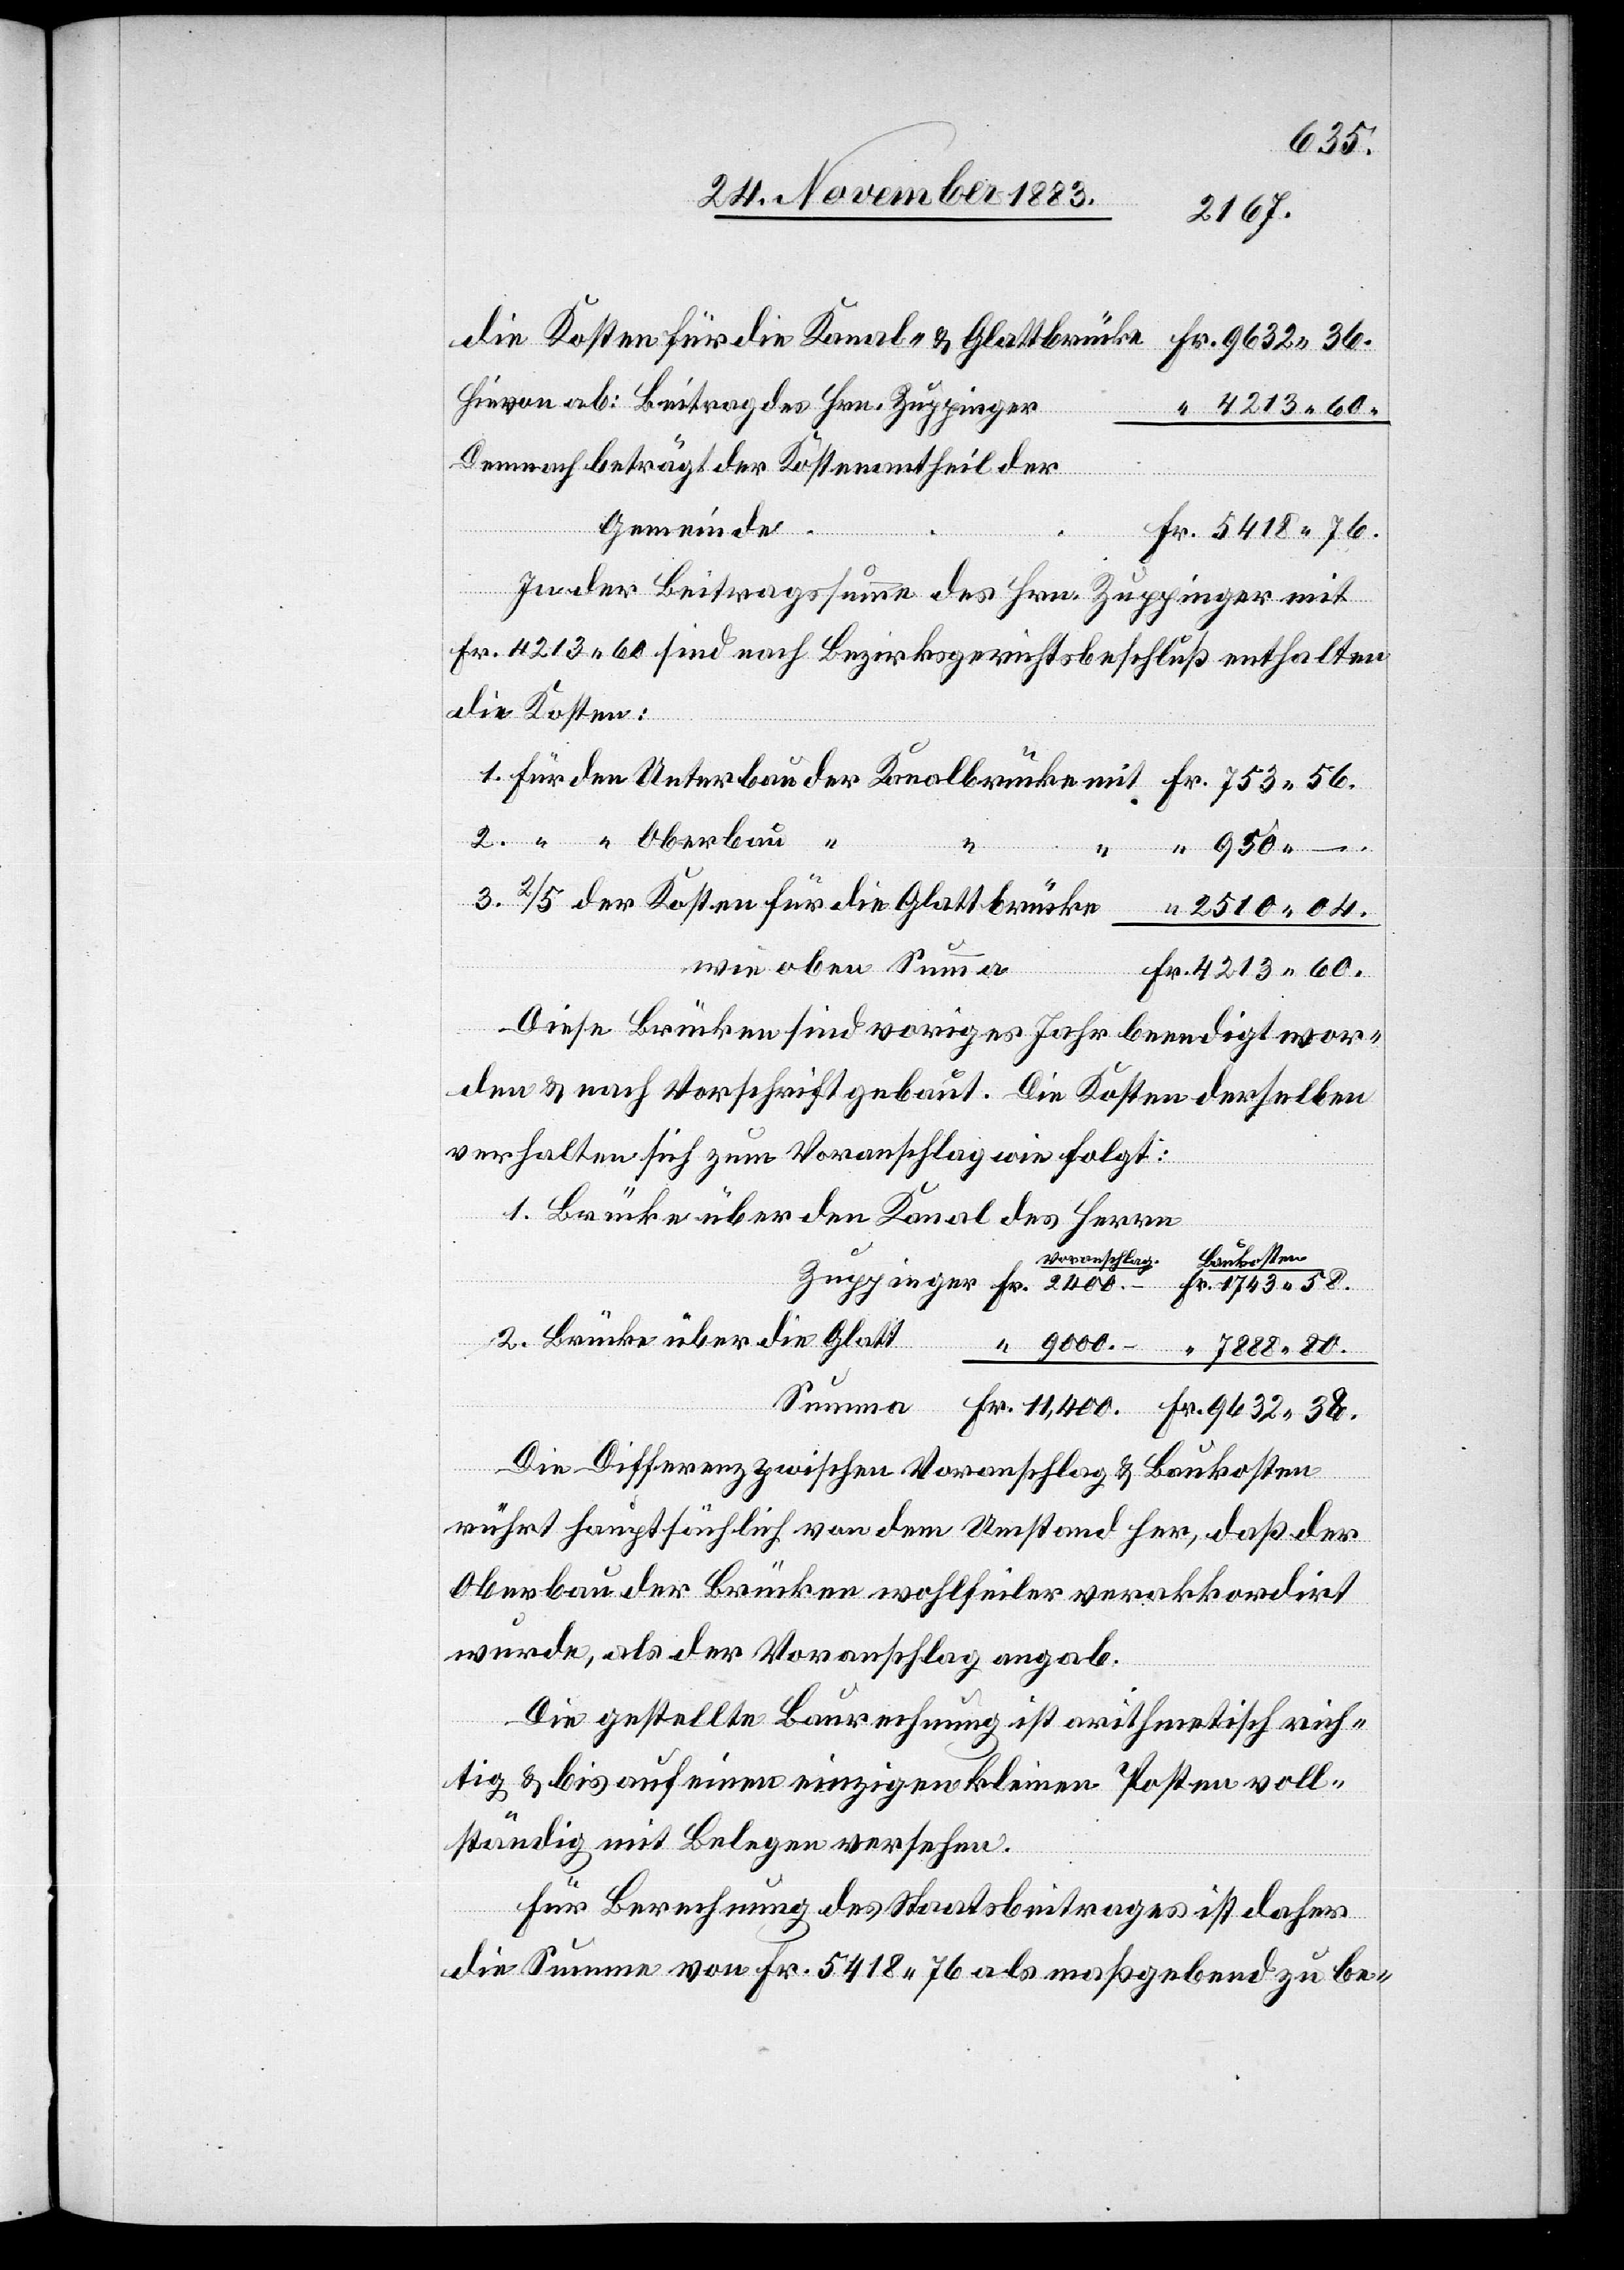
die Kosten für die Kanal- & Glattbrücke
hievon ab: Beitrag des Hrn. Zuppinger
4213 60.
Demnach beträgt der Kostenantheil der
38.
mit
Gemeinde
In der Beitragssumme des Hrn. Zuppinger mit
Fr. 4213 60 sind nach Bezirksgerichtsbeschluß enthalten
die Kosten:
3.
2.
2510 04.
wie oben Summa
Diese Brücken sind voriges Jahr beendigt wor¬
den & nach Vorschrift gebaut. Die Kosten derselben
verhalten sich zum Voranschlag wie folgt:
Brücke über den Kanal des Herrn
“
Die Differenz zwischen Voranschlag & Baukosten
rührt hauptsächlich von dem Umstand her, daß der
Oberbau der Brücken wohlfeiler verakkordirt
wurde, als der Voranschlag angab.
Die gestellte Baurechnung ist arithmetisch rich¬
tig & bis auf einen einzigen kleinen Posten voll¬
ständig mit Belegen versehen.
Für Berechnung des Staatsbeitrages ist daher
die Summe von Fr. 5418 76 maßgebend zu be-